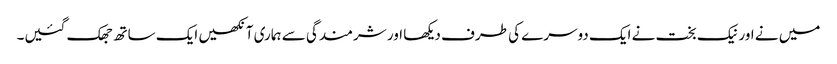
میں نے اور نیک بخت نے ایک دوسرے کی طرف دیکھا اور شرمندگی سے ہماری آنکھیں ایک ساتھ جھک گئیں۔